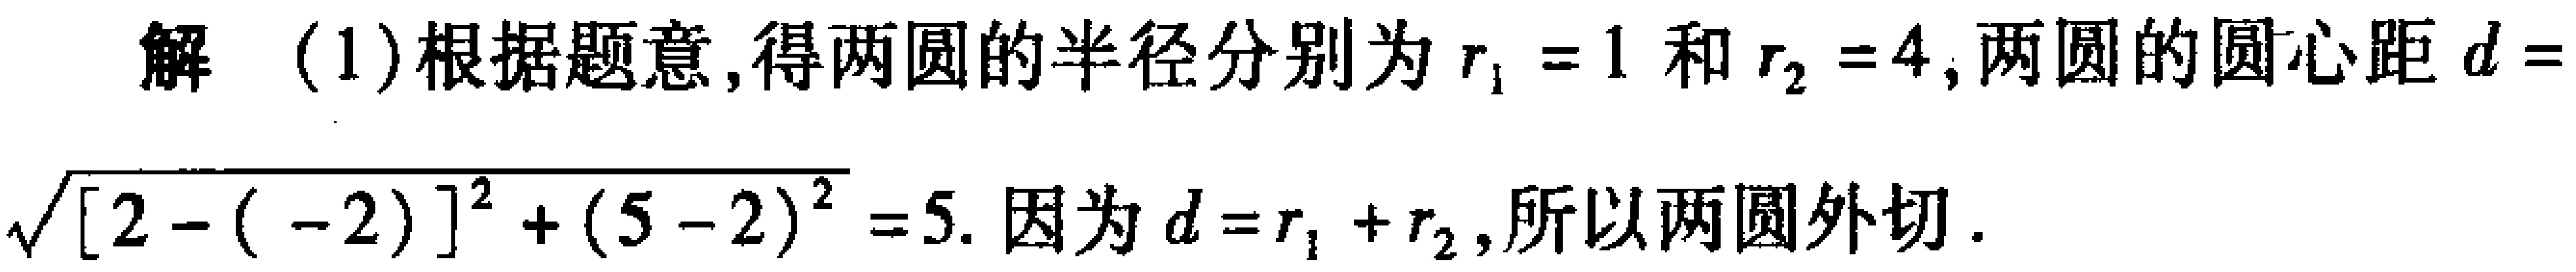
解 (1)根据题意,得两圆的半径分别为$r_1 = 1$和$r_2 = 4$,两圆的圆心距$d = \sqrt{[2 - (-2)]^2 + (5 - 2)^2} = 5$. 因为$d = r_1 + r_2$,所以两圆外切.